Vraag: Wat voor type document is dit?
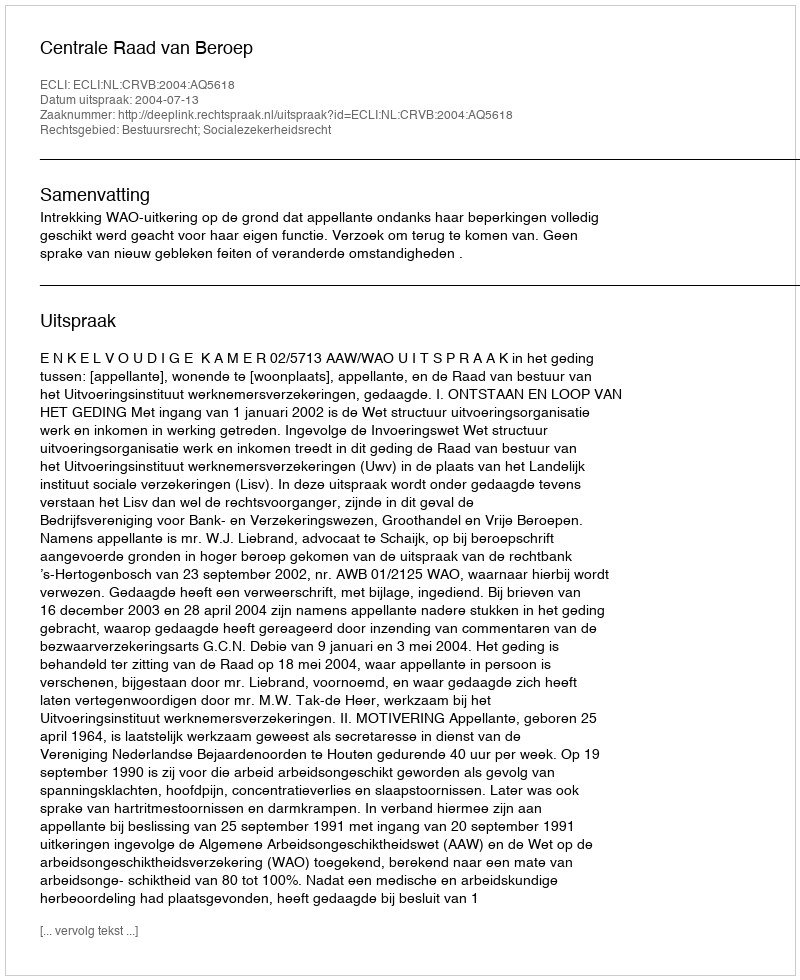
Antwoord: Uitspraak